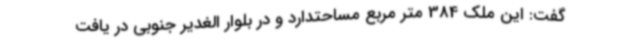
گفت: این ملک 384 متر مربع مساحتدارد و در بلوار الغدیر جنوبی در یافت